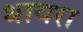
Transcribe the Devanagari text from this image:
थायरा